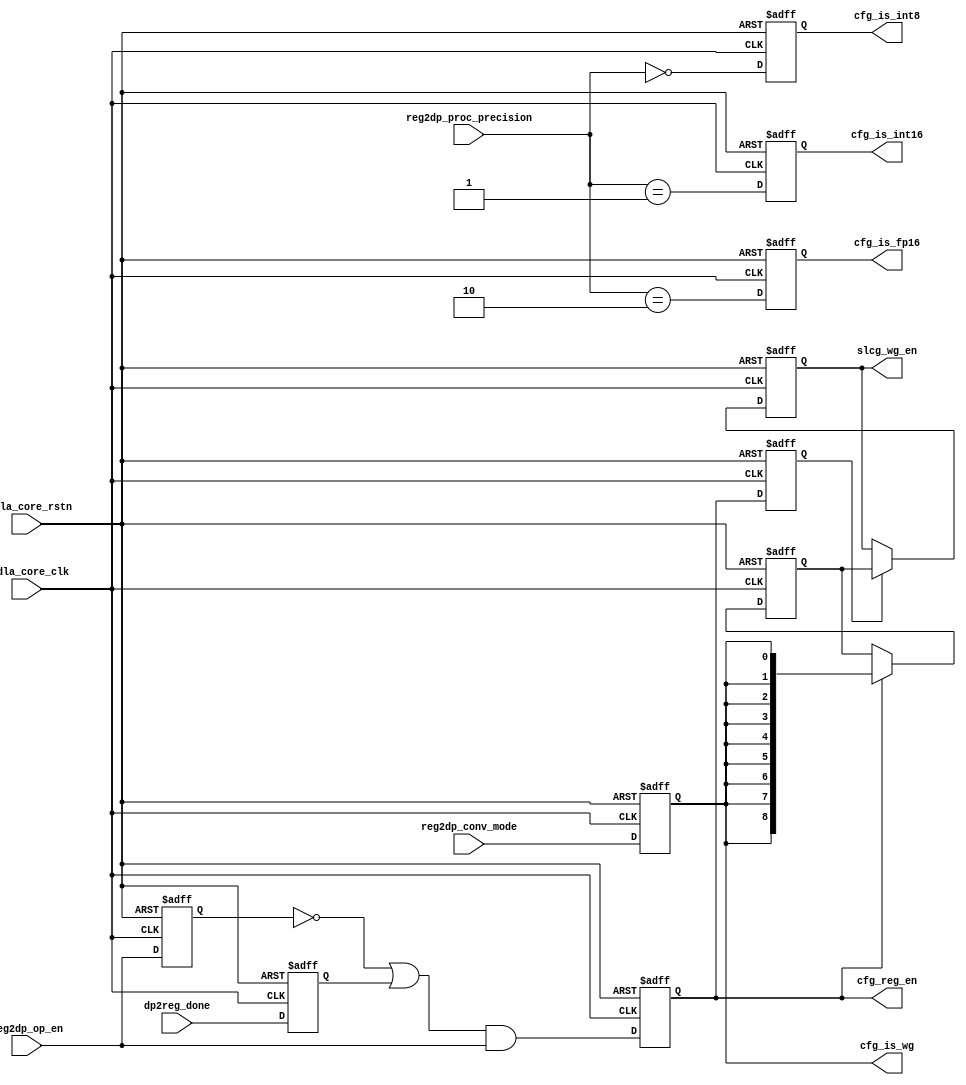
// ================================================================
// NVDLA Open Source Project
//
// Copyright(c) 2016 - 2017 NVIDIA Corporation. Licensed under the
// NVDLA Open Hardware License; Check "LICENSE" which comes with
// this distribution for more information.
// ================================================================
module NV_NVDLA_CMAC_CORE_cfg (
   nvdla_core_clk
  ,nvdla_core_rstn
  ,dp2reg_done
  ,reg2dp_conv_mode
  ,reg2dp_op_en
  ,reg2dp_proc_precision
  ,cfg_is_fp16
  ,cfg_is_int16
  ,cfg_is_int8
  ,cfg_is_wg
  ,cfg_reg_en
  ,slcg_wg_en
  );
input nvdla_core_clk;
input nvdla_core_rstn;
input dp2reg_done;
input reg2dp_conv_mode;
input reg2dp_op_en;
input [1:0] reg2dp_proc_precision;
output cfg_is_fp16;
output cfg_is_int16;
output cfg_is_int8;
output cfg_is_wg;
output cfg_reg_en;
output [8:0] slcg_wg_en;
reg cfg_is_fp16;
reg cfg_is_fp16_w;
reg cfg_is_int16;
reg cfg_is_int16_w;
reg cfg_is_int8;
reg cfg_is_int8_w;
reg cfg_is_wg;
reg cfg_is_wg_w;
reg cfg_reg_en;
reg cfg_reg_en_d1;
reg cfg_reg_en_w;
reg op_done_d1;
reg op_en_d1;
reg [8:0] slcg_wg_en_d1;
reg [8:0] slcg_wg_en_d2;
// synoff nets
// monitor nets
// debug nets
// tie high nets
// tie low nets
// no connect nets
// not all bits used nets
// todo nets
always @(
  op_en_d1
  or op_done_d1
  or reg2dp_op_en
  ) begin
    cfg_reg_en_w = (~op_en_d1 | op_done_d1) & reg2dp_op_en;
end
always @(
  reg2dp_proc_precision
  ) begin
    cfg_is_int8_w = (reg2dp_proc_precision == 2'h0 );
    cfg_is_fp16_w = (reg2dp_proc_precision == 2'h2 );
    cfg_is_int16_w = (reg2dp_proc_precision == 2'h1 );
end
always @(
  reg2dp_conv_mode
  ) begin
    cfg_is_wg_w = (reg2dp_conv_mode == 1'h1 );
end
always @(posedge nvdla_core_clk or negedge nvdla_core_rstn) begin
  if (!nvdla_core_rstn) begin
    op_en_d1 <= 1'b0;
  end else begin
  op_en_d1 <= reg2dp_op_en;
  end
end
always @(posedge nvdla_core_clk or negedge nvdla_core_rstn) begin
  if (!nvdla_core_rstn) begin
    op_done_d1 <= 1'b0;
  end else begin
  op_done_d1 <= dp2reg_done;
  end
end
always @(posedge nvdla_core_clk or negedge nvdla_core_rstn) begin
  if (!nvdla_core_rstn) begin
    cfg_reg_en <= 1'b0;
  end else begin
  cfg_reg_en <= cfg_reg_en_w;
  end
end
always @(posedge nvdla_core_clk or negedge nvdla_core_rstn) begin
  if (!nvdla_core_rstn) begin
    cfg_is_int8 <= 1'b0;
  end else begin
  cfg_is_int8 <= cfg_is_int8_w;
  end
end
always @(posedge nvdla_core_clk or negedge nvdla_core_rstn) begin
  if (!nvdla_core_rstn) begin
    cfg_is_fp16 <= 1'b0;
  end else begin
  cfg_is_fp16 <= cfg_is_fp16_w;
  end
end
always @(posedge nvdla_core_clk or negedge nvdla_core_rstn) begin
  if (!nvdla_core_rstn) begin
    cfg_is_int16 <= 1'b1;
  end else begin
  cfg_is_int16 <= cfg_is_int16_w;
  end
end
always @(posedge nvdla_core_clk or negedge nvdla_core_rstn) begin
  if (!nvdla_core_rstn) begin
    cfg_is_wg <= 1'b0;
  end else begin
  cfg_is_wg <= cfg_is_wg_w;
  end
end
always @(posedge nvdla_core_clk or negedge nvdla_core_rstn) begin
  if (!nvdla_core_rstn) begin
    cfg_reg_en_d1 <= 1'b0;
  end else begin
  cfg_reg_en_d1 <= cfg_reg_en;
  end
end
always @(posedge nvdla_core_clk or negedge nvdla_core_rstn) begin
  if (!nvdla_core_rstn) begin
    slcg_wg_en_d1 <= {9{1'b0}};
  end else begin
  if ((cfg_reg_en) == 1'b1) begin
    slcg_wg_en_d1 <= {9{cfg_is_wg}};
// VCS coverage off
  end else if ((cfg_reg_en) == 1'b0) begin
  end else begin
    slcg_wg_en_d1 <= 'bx; // spyglass disable STARC-2.10.1.6 W443 NoWidthInBasedNum-ML -- (Constant containing x or z used, Based number `bx contains an X, Width specification missing for based number)
// VCS coverage on
  end
  end
end
`ifdef SPYGLASS_ASSERT_ON
`else
// spyglass disable_block NoWidthInBasedNum-ML
// spyglass disable_block STARC-2.10.3.2a
// spyglass disable_block STARC05-2.1.3.1
// spyglass disable_block STARC-2.1.4.6
// spyglass disable_block W116
// spyglass disable_block W154
// spyglass disable_block W239
// spyglass disable_block W362
// spyglass disable_block WRN_58
// spyglass disable_block WRN_61
`endif // SPYGLASS_ASSERT_ON
`ifdef ASSERT_ON
`ifdef FV_ASSERT_ON
`define ASSERT_RESET nvdla_core_rstn
`else
`ifdef SYNTHESIS
`define ASSERT_RESET nvdla_core_rstn
`else
`ifdef ASSERT_OFF_RESET_IS_X
`define ASSERT_RESET ((1'bx === nvdla_core_rstn) ? 1'b0 : nvdla_core_rstn)
`else
`define ASSERT_RESET ((1'bx === nvdla_core_rstn) ? 1'b1 : nvdla_core_rstn)
`endif // ASSERT_OFF_RESET_IS_X
`endif // SYNTHESIS
`endif // FV_ASSERT_ON
`ifndef SYNTHESIS
// VCS coverage off
  nv_assert_no_x #(0,1,0,"No X's allowed on control signals") zzz_assert_no_x_1x (nvdla_core_clk, `ASSERT_RESET, 1'd1, (^(cfg_reg_en))); // spyglass disable W504 SelfDeterminedExpr-ML 
// VCS coverage on
`endif
`undef ASSERT_RESET
`endif // ASSERT_ON
`ifdef SPYGLASS_ASSERT_ON
`else
// spyglass enable_block NoWidthInBasedNum-ML
// spyglass enable_block STARC-2.10.3.2a
// spyglass enable_block STARC05-2.1.3.1
// spyglass enable_block STARC-2.1.4.6
// spyglass enable_block W116
// spyglass enable_block W154
// spyglass enable_block W239
// spyglass enable_block W362
// spyglass enable_block WRN_58
// spyglass enable_block WRN_61
`endif // SPYGLASS_ASSERT_ON
always @(posedge nvdla_core_clk or negedge nvdla_core_rstn) begin
  if (!nvdla_core_rstn) begin
    slcg_wg_en_d2 <= {9{1'b0}};
  end else begin
  if ((cfg_reg_en_d1) == 1'b1) begin
    slcg_wg_en_d2 <= slcg_wg_en_d1;
// VCS coverage off
  end else if ((cfg_reg_en_d1) == 1'b0) begin
  end else begin
    slcg_wg_en_d2 <= 'bx; // spyglass disable STARC-2.10.1.6 W443 NoWidthInBasedNum-ML -- (Constant containing x or z used, Based number `bx contains an X, Width specification missing for based number)
// VCS coverage on
  end
  end
end
`ifdef SPYGLASS_ASSERT_ON
`else
// spyglass disable_block NoWidthInBasedNum-ML
// spyglass disable_block STARC-2.10.3.2a
// spyglass disable_block STARC05-2.1.3.1
// spyglass disable_block STARC-2.1.4.6
// spyglass disable_block W116
// spyglass disable_block W154
// spyglass disable_block W239
// spyglass disable_block W362
// spyglass disable_block WRN_58
// spyglass disable_block WRN_61
`endif // SPYGLASS_ASSERT_ON
`ifdef ASSERT_ON
`ifdef FV_ASSERT_ON
`define ASSERT_RESET nvdla_core_rstn
`else
`ifdef SYNTHESIS
`define ASSERT_RESET nvdla_core_rstn
`else
`ifdef ASSERT_OFF_RESET_IS_X
`define ASSERT_RESET ((1'bx === nvdla_core_rstn) ? 1'b0 : nvdla_core_rstn)
`else
`define ASSERT_RESET ((1'bx === nvdla_core_rstn) ? 1'b1 : nvdla_core_rstn)
`endif // ASSERT_OFF_RESET_IS_X
`endif // SYNTHESIS
`endif // FV_ASSERT_ON
`ifndef SYNTHESIS
// VCS coverage off
  nv_assert_no_x #(0,1,0,"No X's allowed on control signals") zzz_assert_no_x_2x (nvdla_core_clk, `ASSERT_RESET, 1'd1, (^(cfg_reg_en_d1))); // spyglass disable W504 SelfDeterminedExpr-ML 
// VCS coverage on
`endif
`undef ASSERT_RESET
`endif // ASSERT_ON
`ifdef SPYGLASS_ASSERT_ON
`else
// spyglass enable_block NoWidthInBasedNum-ML
// spyglass enable_block STARC-2.10.3.2a
// spyglass enable_block STARC05-2.1.3.1
// spyglass enable_block STARC-2.1.4.6
// spyglass enable_block W116
// spyglass enable_block W154
// spyglass enable_block W239
// spyglass enable_block W362
// spyglass enable_block WRN_58
// spyglass enable_block WRN_61
`endif // SPYGLASS_ASSERT_ON
assign slcg_wg_en = slcg_wg_en_d2;
//////////////////////////////////////////////////////////////
///// ecodonors                                          /////
//////////////////////////////////////////////////////////////
// {cfg_reg_en,cfg_is_int8}
// {cfg_is_fp16,cfg_is_wg};
endmodule // NV_NVDLA_CMAC_CORE_cfg